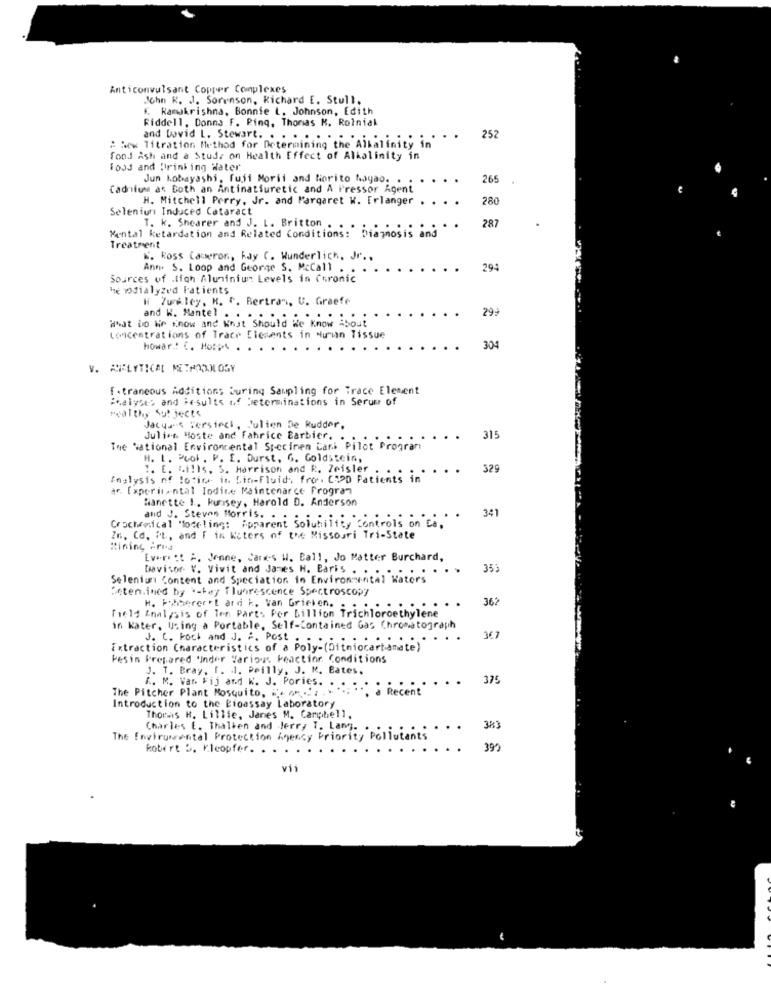
Anticonvulsant Copper Complexes
John K. J. Sorenson, Richard E. Stull.
K. Ramakrishna, Bonnie L. Johnson, Edith
Riddell, Donna F. Pimq, Thomas K. Rolnial
: : ex Titration Method for Determining the Alkalinity in'
and bovid L. Stewart. . . . .
..
252
fond Ash and a Study on Health Effect of Alkalinity in
food and Drinking Water
Jun Kobayashi, fuji Morii and Norito hayao. .
265
Cadnium as Both an Antinatiuretic and A Pressor Agent
H. Mitchell Perry, Jr. and Margaret W. Erlanger
280
Seleniun Induced Cataract
287
Mental Retardation and Related Conditions: Diagnosis and
T. k. Shearer and J. L. Britton . .
..
Treatment
K. Ross Cameron, kdy C. Wunderlich, Jr ..
Ann. S. Loop and George S. McCall . .
291
Sources of .tigh Aluminium Levels in Chronic
he wdialyzed Patients
W 7uwley, K. ". Bertran, U. Graefe
299
What Do Kie Know and What Should We Know About
and W. Mantel . . . . .
...
..
concentrations of Trace Elements in Hun Tissue
howar .: (. Hot ;. 4
304
V. APPLYTICAL METHODOLOGY
f . traneous Additions During Sampling for Trace Element
Boalyses and Results of Determinations in Serum of
realthy Sut jects
Jacques Tersieci, Julien De Rudder.
Julien Moste and Fabrice Barbier. .
315
The National Environmental Specimen tari Pilot Program
H. L. Pool . P. E. Durst, G. Goldstein,
7. [. Mills, S. Harrison and R. Zeisler
..
329
Analysis of lotirs in Lino-Fluid, fro . C PD Patients in
ar. Experimental Iodine Maintenarce Program
Wanette 1 .. kunisey, Harold D. Anderson
341
and J. Steven Morris. . . :
..
Crochemical Modeling: Apparent Solubility Controls on Ca.
Zn, Cd. PL, and F in Katers of the Missouri Tri-State
Rining -ris
Everett A. Jeane, Cares W. Call, Jo Matter Burchard,
Davisor. V. Vivit and Janes H. Baris . . .
..
353
Selenium Content and Speciation in Environmental Waters
Reten.ined by bafey fluorescence Spectroscopy
362
field Analysis of Ten Parts Por billion Trichloroethylene
H. Pohhereret ard k. van Grieken. .
in Kater, Using a Portable, Self-Contained Gas Chromatograph
J. C. Pock and J. #. Post :
...
367
Extraction Characteristics of a Poly-(Ditniocarbamate)
Pesin Prepared 'Inder Various keactinr. Conditions
J. T. Bray, f. .. Peilly, J. K. Bates.
. .
375
The Pitcher Plant Mosquito, ". . ... . . ... . .. a Recent"
K. M. Var Fij and K. J. Pories. . ..
Introduction to the Bioassay Laboratory
Thomas H. Lillie, Janes M. Campbell,
Charles E. Thalten and Jerry T. Lang. .
...
383
The Environmental Protection Agency Priority Pollutants
kobert 5. Kleopfer. . .
390
vis